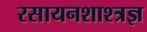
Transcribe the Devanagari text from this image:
रसायनशाश्त्रज्ञ